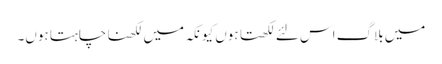
میں بلاگ اس لئے لکھتا ہوں کیونکہ میں لکھنا چاہتا ہوں۔